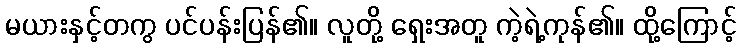
မယားနှင့်တကွ ပင်ပန်းပြန်၏။ လူတို့ ရှေးအတူ ကဲ့ရဲ့ကုန်၏။ ထို့ကြောင့်